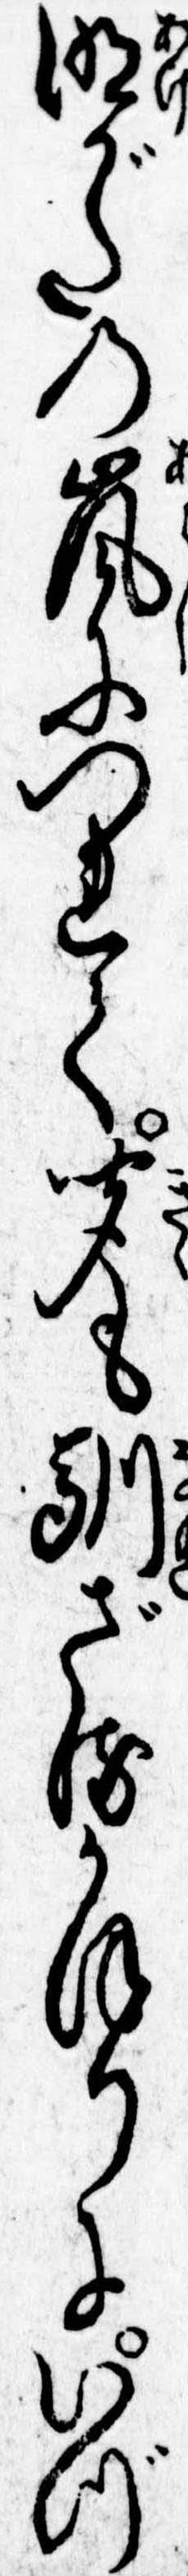
明がたの嵐につれて聞も馴ざるかほりにいづ